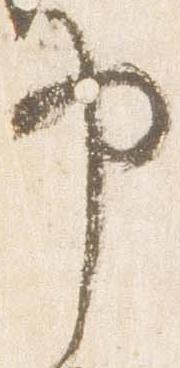
申